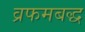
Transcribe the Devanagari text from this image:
व्रफमबद्ध